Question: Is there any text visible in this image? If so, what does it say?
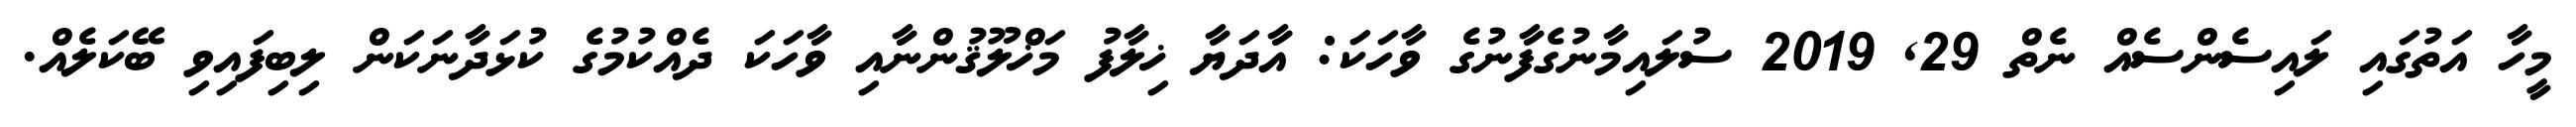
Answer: މީހާ އަތުގައި ލައިސެންސެއް ނެތް 29, 2019 ސުލައިމާނުގެފާނުގެ ވާހަކަ: އާދަޔާ ޚިލާފު މަޚްލޫޤުންނާއި ވާހަކަ ދެއްކުމުގެ ކުޅަދާނަކަން ލިބިފައިވި ބޭކަލެއް.